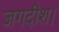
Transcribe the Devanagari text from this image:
जगदीश।